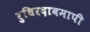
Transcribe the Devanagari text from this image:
रुधिरदाबमापी